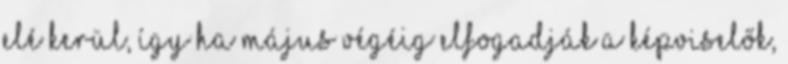
elé kerül, így ha május végéig elfogadják a képviselők,